38_143685_box_Incident_Summaries_101-172
Agency: Department of War
Page 68
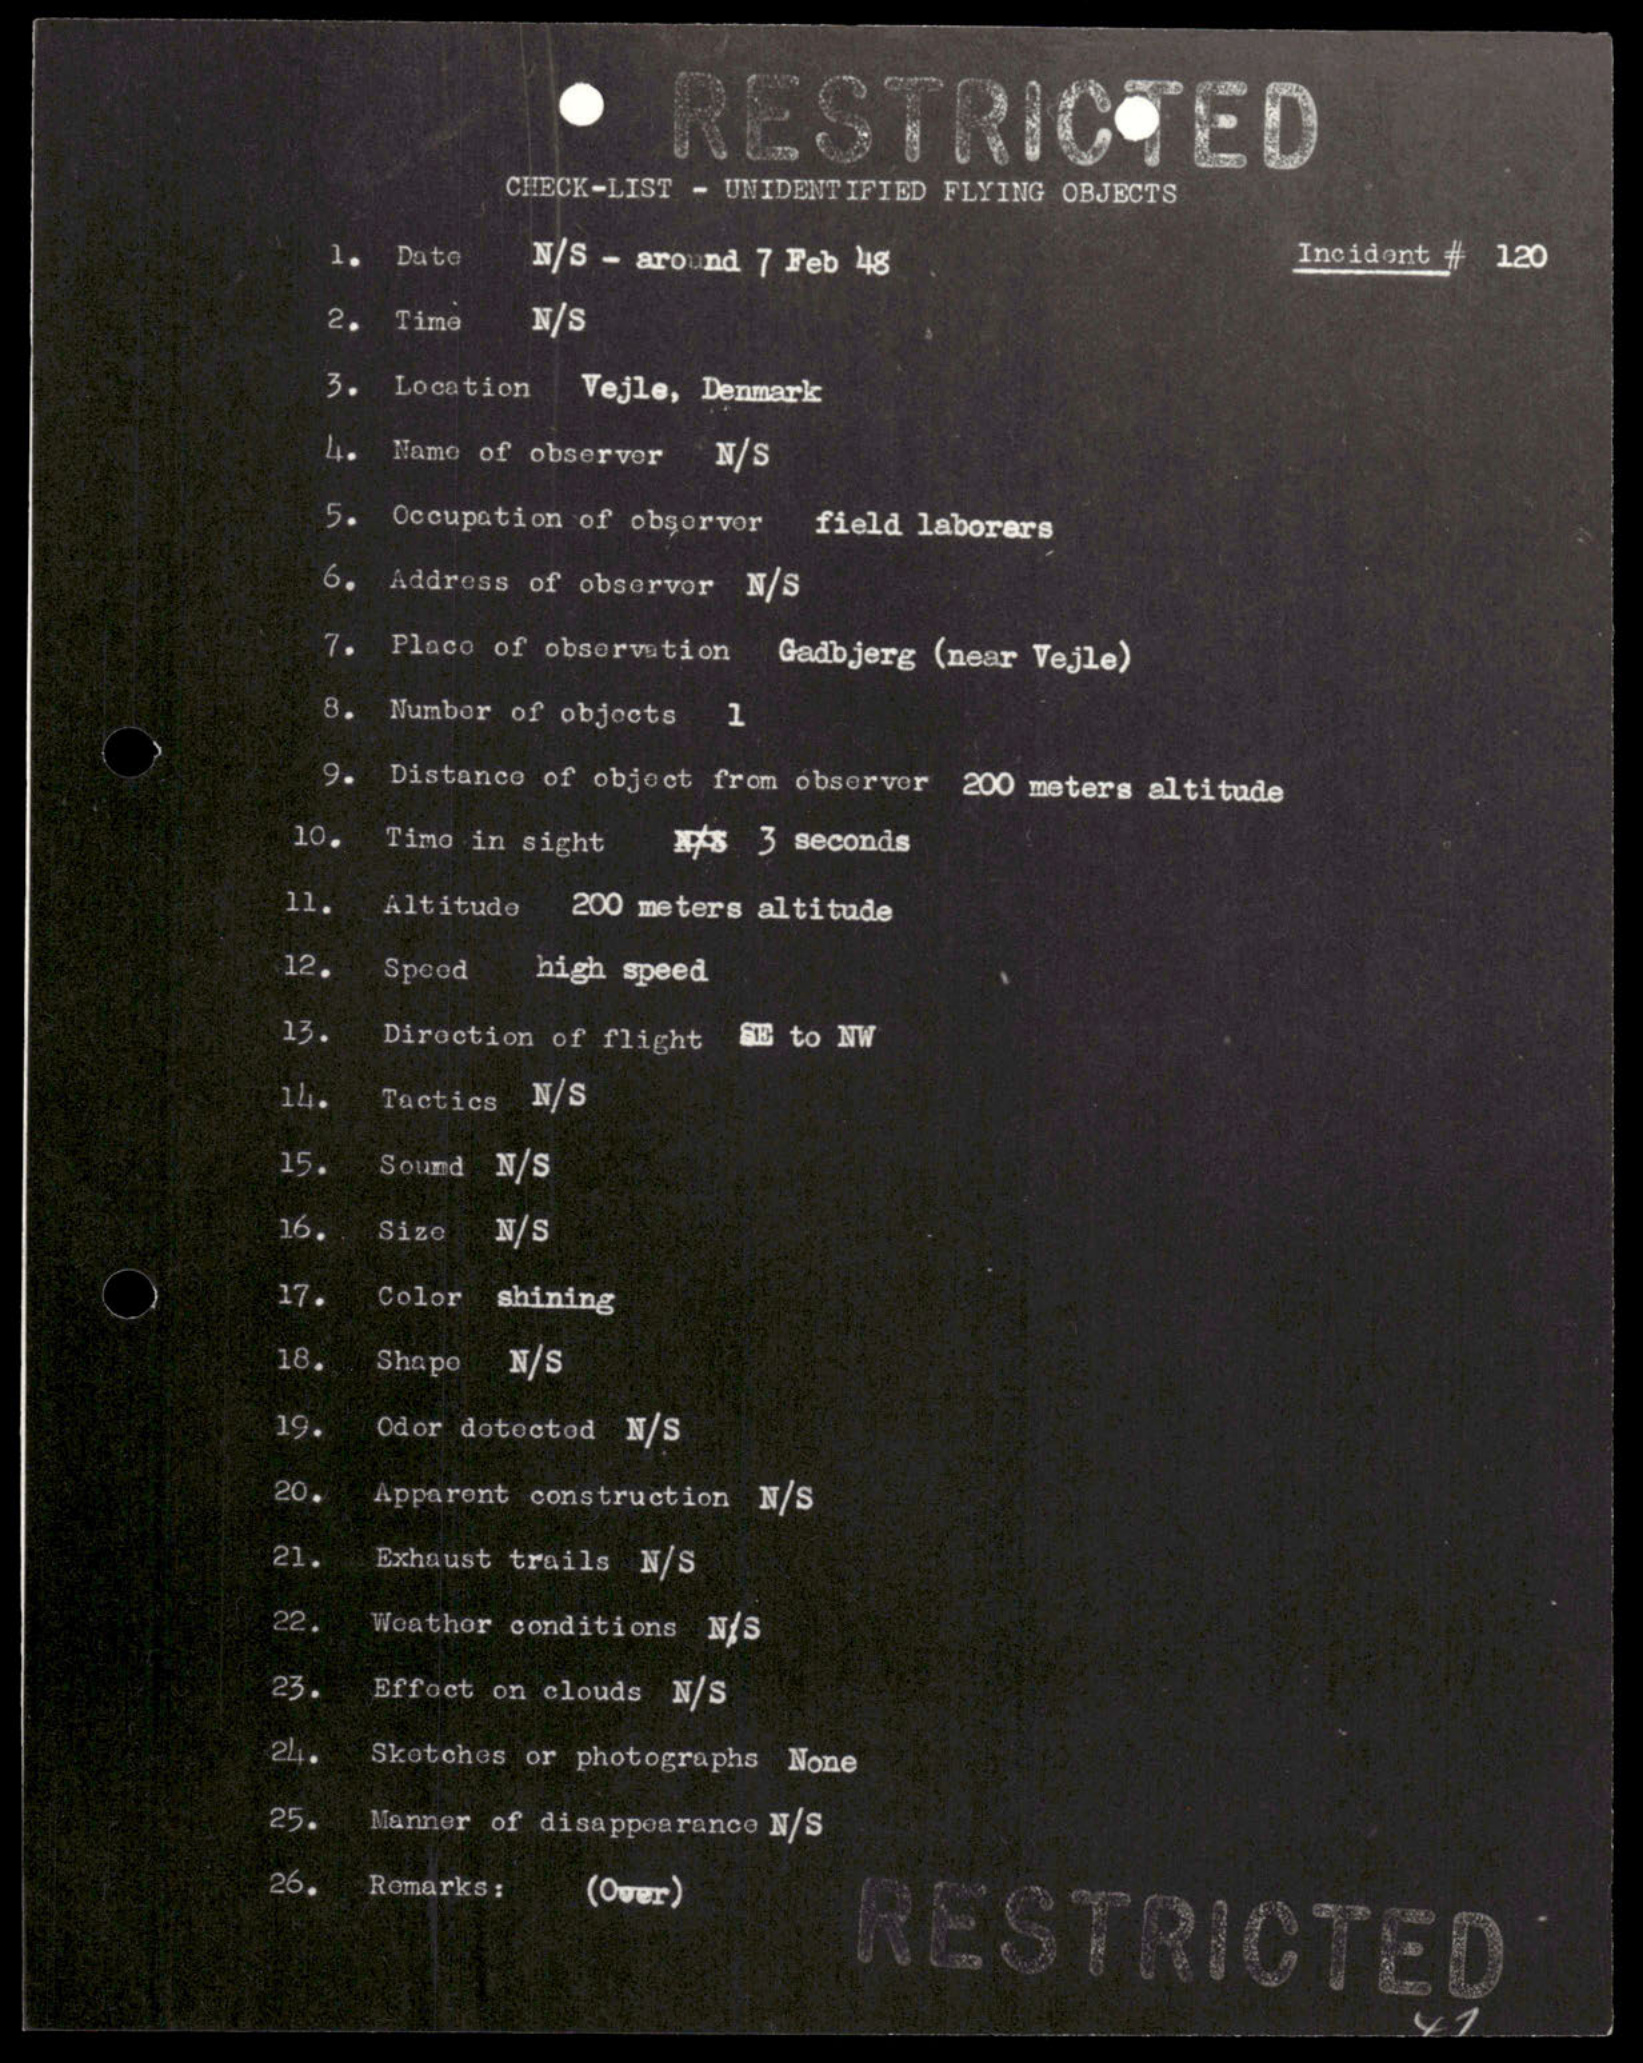